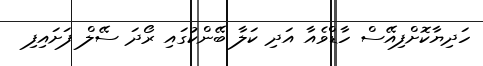
ހަދިޔާކޮށްފިއޭސް ހާޑްވެއާ އަދި ކަލާ ބޭންކުގައި ރޯދަ ސޭލް ފަށައިފި